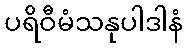
ပရိဝီမံသနုပါဒါနံ